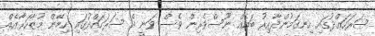
ސަރަހައްދުގައި ހިނގަމުންދާއިރު ބައެއް ނޫސްވެރިން ވެސް ވަނީ އެ ސަރަހައްދުގައި ހިމޭން މުޒާހަރާއެއް